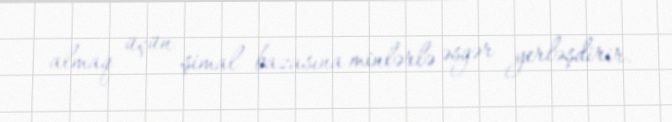
almaq üçün şimal bazasına minlərlə əsgər yerləşdirir.